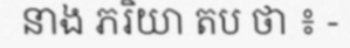
នាង ភរិយា តប ថា ៖ -